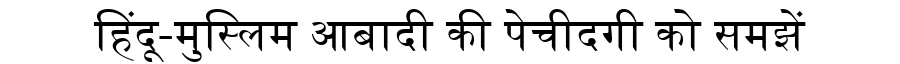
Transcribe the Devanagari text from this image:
हिंदू-मुस्लिम आबादी की पेचीदगी को समझें